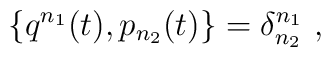
\{q^{n_1}(t),p_{n_2}(t)\}=\delta^{n_1}_{n_2}\ ,